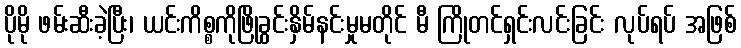
ပိုမို ဖမ်းဆီးခဲ့ပြီး၊ ယင်းကိစ္စကိုဖြိုခွင်းနှိမ်နင်းမှုမတိုင် မီ ကြိုတင်ရှင်းလင်းခြင်း လုပ်ရပ် အဖြစ်